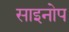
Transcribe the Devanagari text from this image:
साइनोप